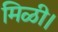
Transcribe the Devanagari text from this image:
मिळी।